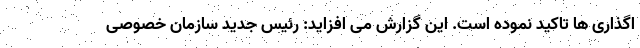
اگذاری ها تاکید نموده است. این گزارش می افزاید: رئیس جدید سازمان خصوصی